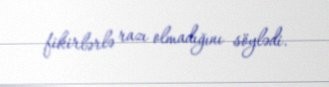
fikirlərlə razı olmadığını söylədi.